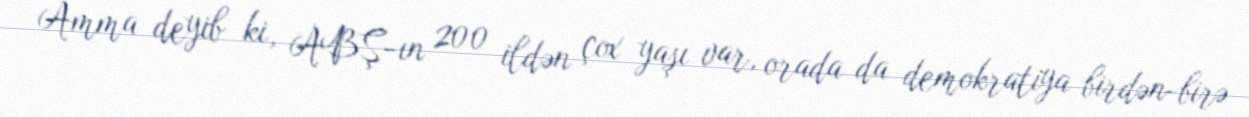
Amma deyib ki, ABŞ-ın 200 ildən çox yaşı var, orada da demokratiya birdən-birə